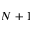
N + 1